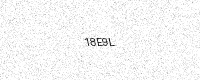
Text: 18E9L